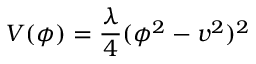
V ( \phi ) = { \frac { \lambda } { 4 } } ( \phi ^ { 2 } - v ^ { 2 } ) ^ { 2 }